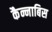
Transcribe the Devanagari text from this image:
कैन्नाबिस